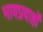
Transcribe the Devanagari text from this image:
भावप्रवाहों